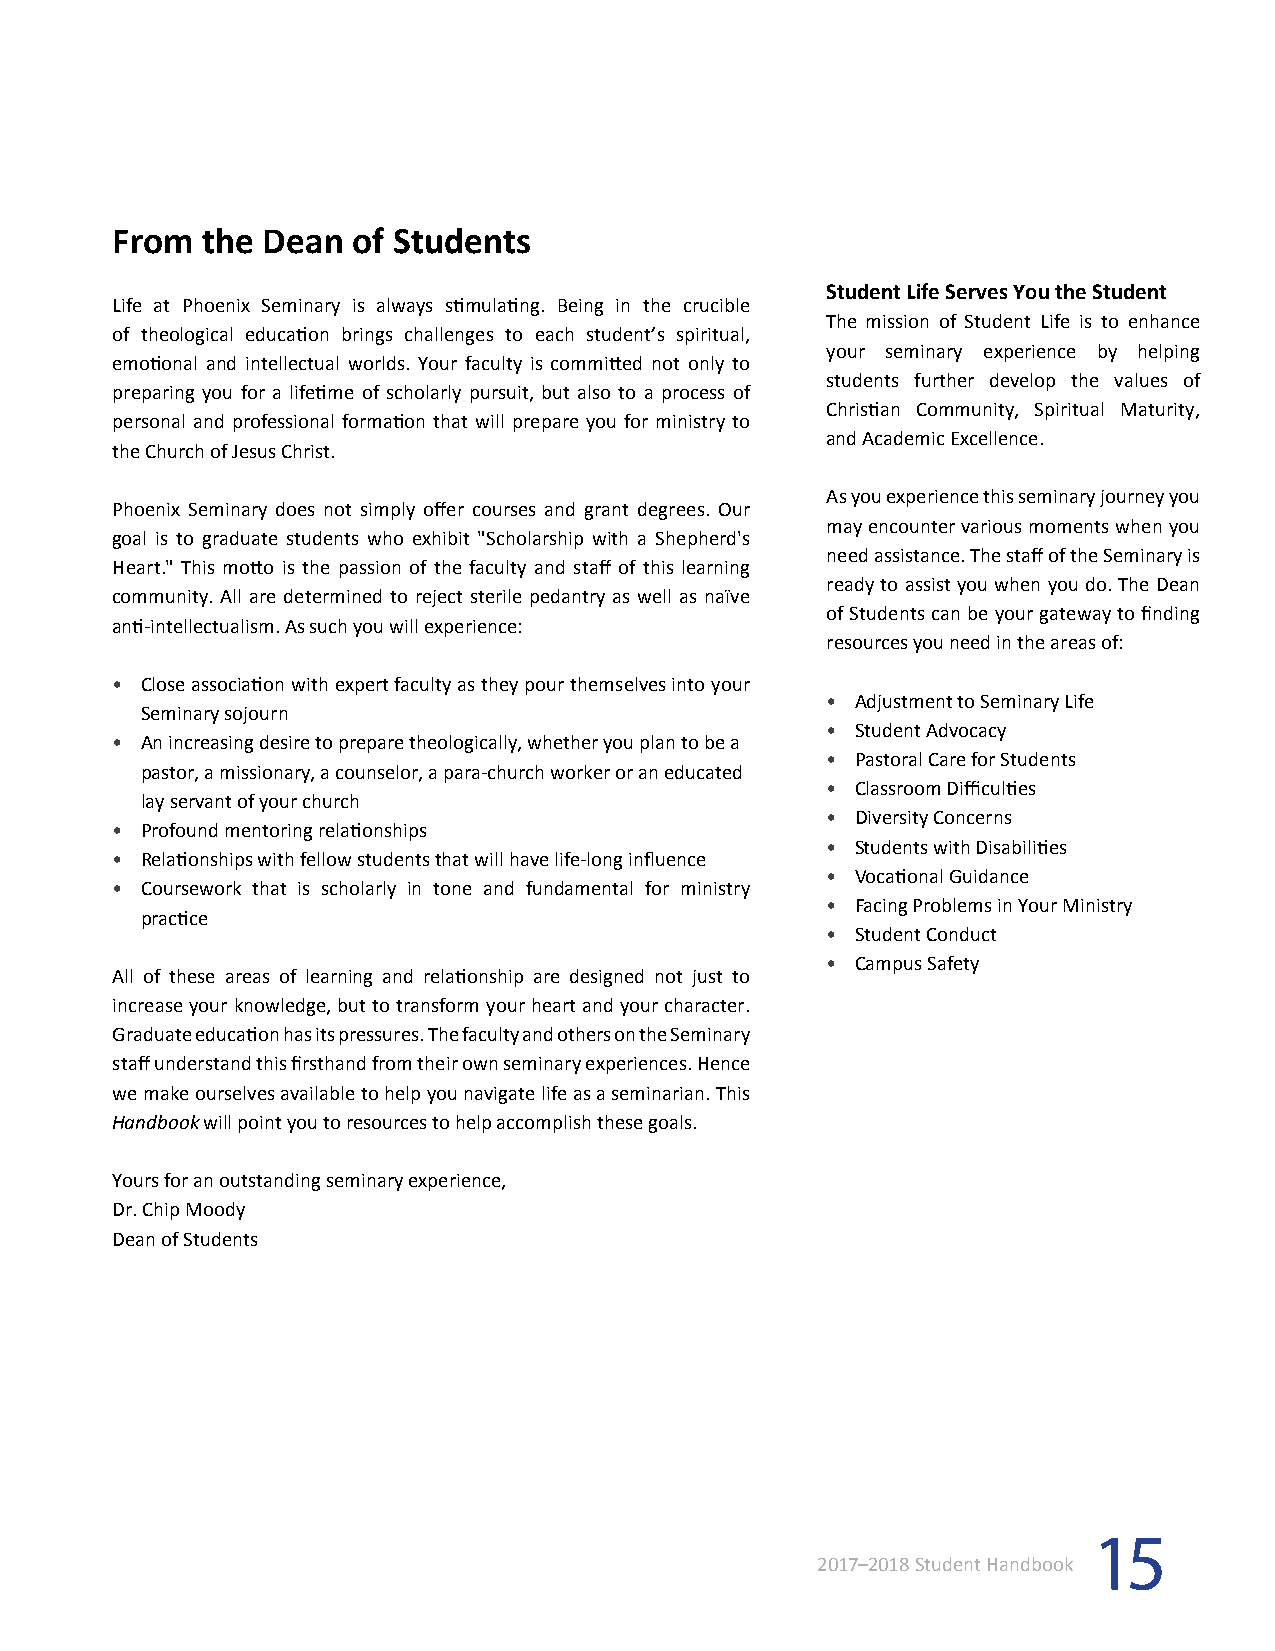
From  the Dean  of Students
 Student Life Serves You the Student
 Life at Phoenix Seminary is always stimulating. Being in the crucible
 The mission of Student Life is to enhance
 of theological education brings challenges to each student’s spiritual,
 your seminary experience by helping
 emotional and intellectual worlds. Your faculty is committed not only to
 students further develop the values of
 preparing you for a lifetime of scholarly pursuit, but also to a process of
 Christian Community, Spiritual Maturity,
 personal and professional formation that will prepare you for ministry to
 and Academic Excellence.
 the Church of Jesus Christ.
 As you experience this seminary journey you
 Phoenix Seminary does not simply offer courses and grant degrees. Our
 may encounter various moments when you
 goal is to graduate students who exhibit "Scholarship with a Shepherd's
 need assistance. The staff of the Seminary is
 Heart." This motto is the passion of the faculty and staff of this learning
 ready to assist you when you do. The Dean
 community. All are determined to reject sterile pedantry as well as naïve
 of Students can be your gateway to finding
 anti-intellectualism. As such you will experience:
 resources you need in the areas of:
 • Close association with expert faculty as they pour themselves into your
 • Adjustment to Seminary Life
 Seminary sojourn
 • Student Advocacy
 • An increasing desire to prepare theologically, whether you plan to be a
 • Pastoral Care for Students
 pastor, a missionary, a counselor, a para-church worker or an educated
 • Classroom Difficulties
 lay servant of your church
 • Diversity Concerns
 • Profound mentoring relationships
 • Students with Disabilities
 • Relationships with fellow students that will have life-long influence
 • Vocational Guidance
 • Coursework that is scholarly in tone and fundamental for ministry
 • Facing Problems in Your Ministry
 practice
 • Student Conduct
 • Campus Safety
 All of these areas of learning and relationship are designed not just to
 increase your knowledge, but to transform your heart and your character.
 Graduate education has its pressures. The faculty and others on the Seminary
 staff understand this firsthand from their own seminary experiences. Hence
 we make ourselves available to help you navigate life as a seminarian. This
 Handbook will point you to resources to help accomplish these goals.
 Yours for an outstanding seminary experience,
 Dr. Chip Moody
 Dean of Students
 15
 2017–2018 Student Handbook